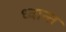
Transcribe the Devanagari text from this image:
ध्वान्त